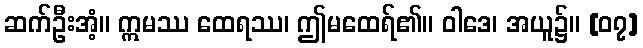
ဆက်ဦးအံ့။ ဣမဿ ထေရဿ၊ ဤမထေရ်၏။ ဝါဒေ၊ အယူ၌။ [၀၇]